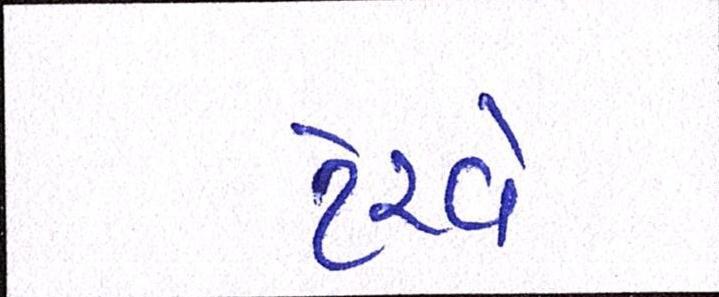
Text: ટેરવે